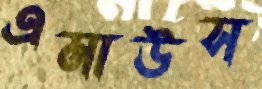
এমাউস